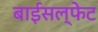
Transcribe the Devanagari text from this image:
बाईसल्फेट